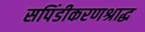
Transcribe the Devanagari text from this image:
सपिंडीकरणश्राद्ध